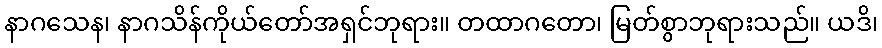
နာဂသေန၊ နာဂသိန်ကိုယ်တော်အရှင်ဘုရား။ တထာဂတော၊ မြတ်စွာဘုရားသည်။ ယဒိ၊